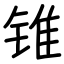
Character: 锥